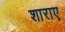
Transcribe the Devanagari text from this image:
शाराए